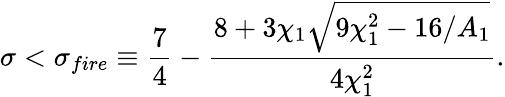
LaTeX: \sigma<\sigma_{fire}\equiv\frac{7}{4}-\frac{8+3\chi_{1}\sqrt{9\chi_{1}^{2}-16/A_{1}}}{4\chi_{1}^{2}}.